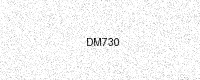
Text: DM730